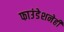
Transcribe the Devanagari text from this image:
फाउंडेशनेही